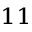
^ { 1 1 }